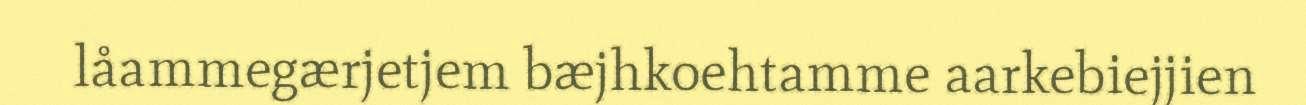
låammegærjetjem bæjhkoehtamme aarkebiejjien